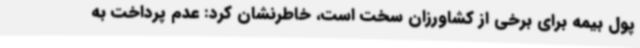
پول بیمه برای برخی از کشاورزان سخت است، خاطرنشان کرد: عدم پرداخت به